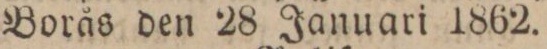
Borås den 28 Januari 1862.